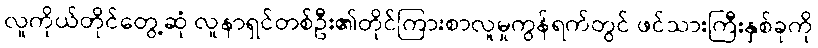
လူကိုယ်တိုင်တွေ့ဆုံ လူနာရှင်တစ်ဦး၏တိုင်ကြားစာလူမှုကွန်ရက်တွင် ဖင်သားကြီးနှစ်ခုကို